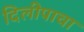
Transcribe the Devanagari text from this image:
दिलीपाचा